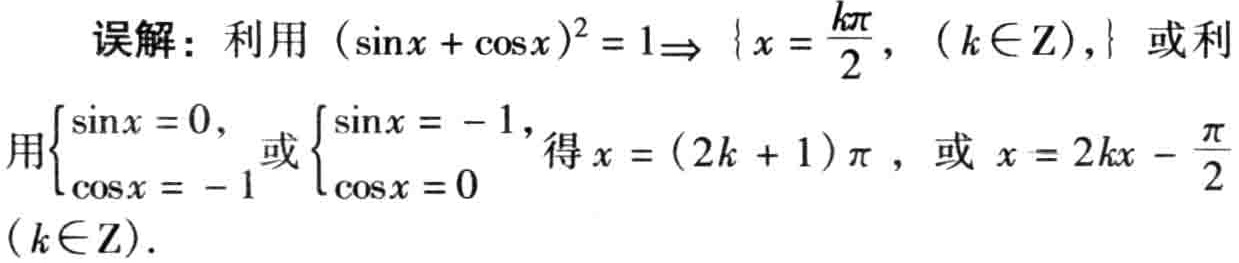
误解：利用 \((\sin x+\cos x)^{2}=1\Rightarrow\left\{x = \frac{k\pi}{2},(k\in\mathbb{Z}),\right\}\) 或利
用\(\begin{cases}\sin x = 0,\\\cos x = - 1\end{cases}\)或\(\begin{cases}\sin x=-1,\\\cos x = 0\end{cases}\)得\(x=(2k + 1)\pi\)，或 \(x = 2k\pi-\frac{\pi}{2}\)
\((k\in\mathbb{Z})\).